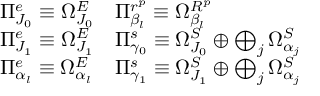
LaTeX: \begin{array} { l l } { { \Pi _ { J _ { 0 } } ^ { e } \equiv \Omega _ { J _ { 0 } } ^ { E } } } & { { \Pi _ { \beta _ { l } } ^ { r ^ { p } } \equiv \Omega _ { \beta _ { l } } ^ { R ^ { p } } } } \\ { { \Pi _ { J _ { 1 } } ^ { e } \equiv \Omega _ { J _ { 1 } } ^ { E } } } & { { \Pi _ { \gamma _ { 0 } } ^ { s } \equiv \Omega _ { J _ { 0 } } ^ { S } \oplus \bigoplus _ { j } \Omega _ { \alpha _ { j } } ^ { S } } } \\ { { \Pi _ { \alpha _ { l } } ^ { e } \equiv \Omega _ { \alpha _ { l } } ^ { E } } } & { { \Pi _ { \gamma _ { 1 } } ^ { s } \equiv \Omega _ { J _ { 1 } } ^ { S } \oplus \bigoplus _ { j } \Omega _ { \alpha _ { j } } ^ { S } } } \end{array}